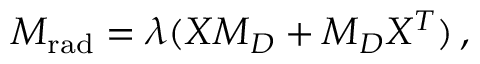
M _ { \mathrm { r a d } } = \lambda ( X M _ { D } + M _ { D } X ^ { T } ) \, ,